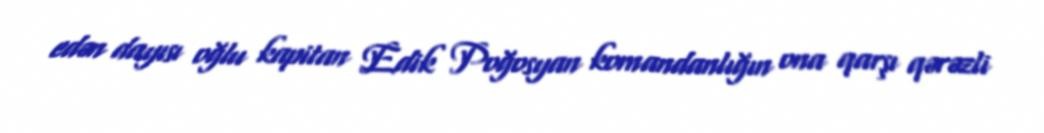
edən dayısı oğlu kapitan Edik Poğosyan komandanlığın ona qarşı qərəzli